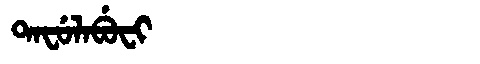
Manchu: ᡨᠠᠸᡠᠯᠠᠪᡠᠸᡳ
Romanization: TAFULABUFI